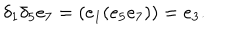
\delta _ { 1 } \delta _ { 5 } e _ { 7 } = ( e _ { 1 } ( e _ { 5 } e _ { 7 } ) ) = e _ { 3 } .